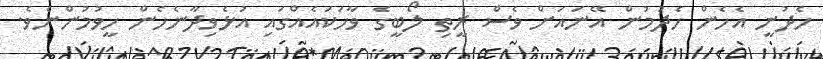
ހެދުނީ އެހެން ހެދުމުން އޭނައަށް ވެސް ރީތި ލޯބީގެ ވާހަކައެއްގައި އުޅެވިދާނެހެން ހީވުމުންނެވެ.